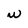
Character: w